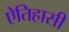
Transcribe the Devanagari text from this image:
ऐतिहासी